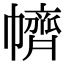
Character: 䶓